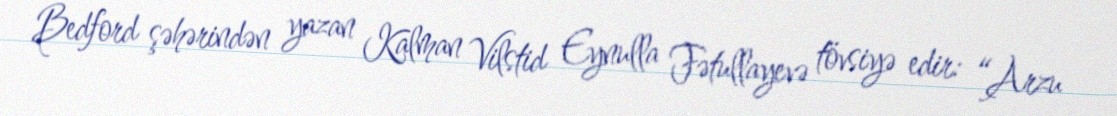
Bedford şəhərindən yazan Kalman Vilstid Eynulla Fətullayevə tövsiyə edir: “Arzu